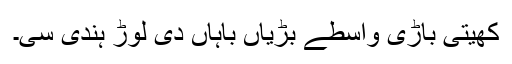
کھیتی باڑی واسطے بڑیاں باہاں دی لوڑ ہُندی سی۔